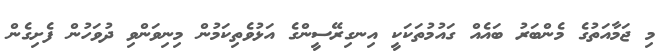
މި ޖަމާއަތުގެ މެންބަރު ބައެއް ގައުމުތަކަކީ އިނގިރޭސީންގެ އަޅުވެތިކަމުން މިނިވަންވި ދުވަހުން ފެށިގެން